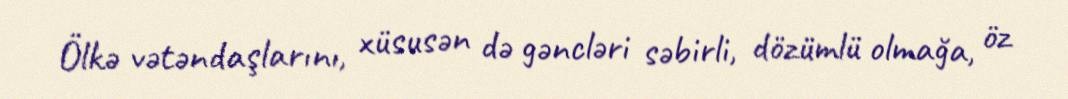
Ölkə vətəndaşlarını, xüsusən də gəncləri səbirli, dözümlü olmağa, öz